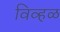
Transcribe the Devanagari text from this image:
विव्हळ